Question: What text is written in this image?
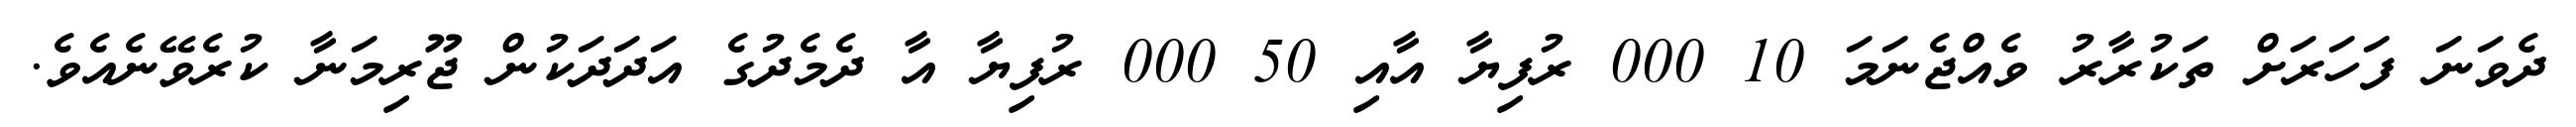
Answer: ދެވަނަ ފަހަރަށް ތަކުރާރު ވެއްޖެނަމަ 10 000 ރުފިޔާ އާއި 50 000 ރުފިޔާ އާ ދެމެދުގެ އަދަދަކުން ޖޫރިމަނާ ކުރެވޭނެއެވެ.